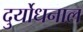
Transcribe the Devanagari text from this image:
दुर्योधनाल